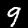
Digit: 9